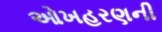
ઓખહરણની